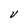
Character: V